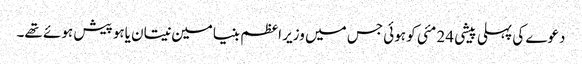
دعوے کی پہلی پیشی 24 مئی کو ہوئی جس میں وزیر اعظم بنیامین نیتان یاہو پیش ہوئے تھے۔